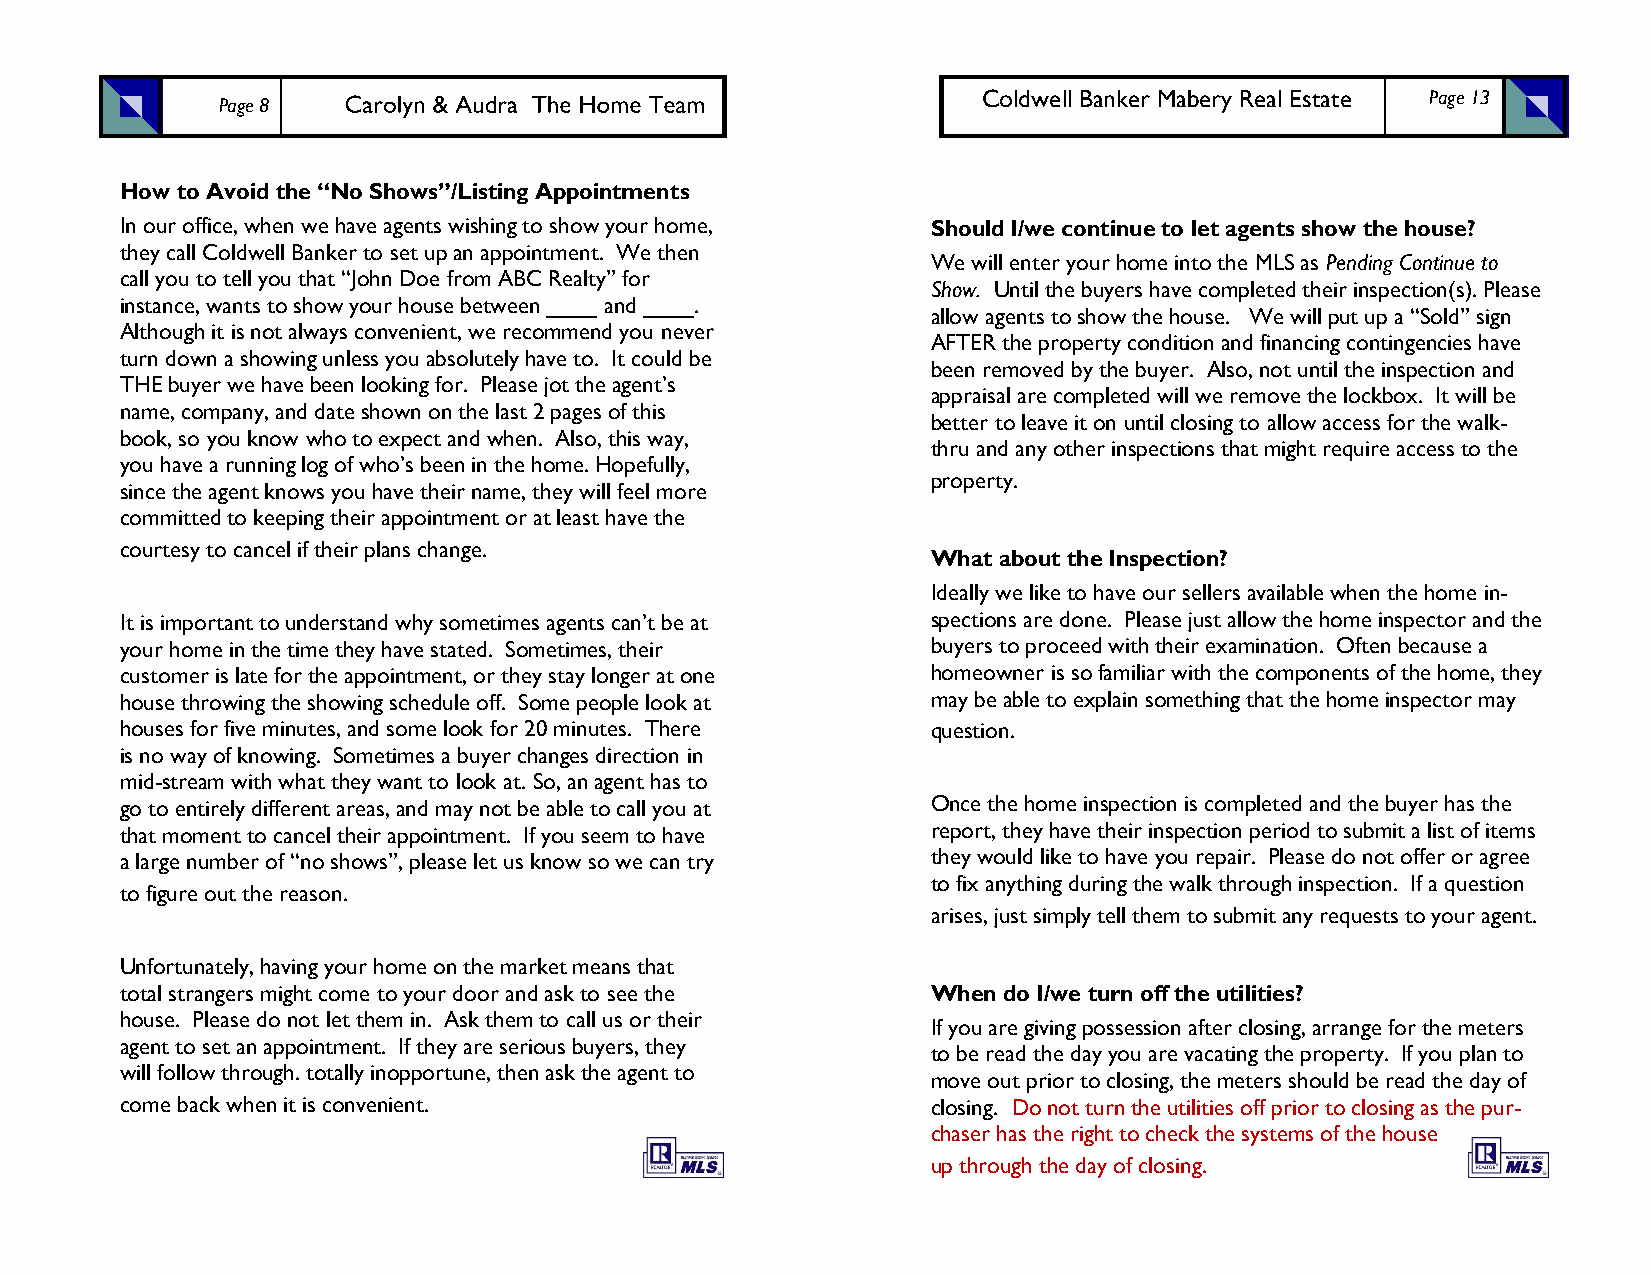
Coldwell Banker Mabery Real Estate Page 13
 Page 8
 How to Avoid the “No Shows”/Listing Appointments
 In our office, when we have agents wishing to show your home, Should I/we continue to let agents show the house?
 they call Coldwell Banker to set up an appointment. We then
 We will enter your home into the MLS as Pending Continue to
 call you to tell you that “John Doe from ABC Realty” for
 Show. Until the buyers have completed their inspection(s). Please
 instance, wants to show your house between ____ and ____.
 allow agents to show the house. We will put up a “Sold” sign
 Although it is not always convenient, we recommend you never
 AFTER the property condition and financing contingencies have
 turn down a showing unless you absolutely have to. It could be
 been removed by the buyer. Also, not until the inspection and
 THE buyer we have been looking for. Please jot the agent’s
 appraisal are completed will we remove the lockbox. It will be
 name, company, and date shown on the last 2 pages of this
 better to leave it on until closing to allow access for the walk-
 book, so you know who to expect and when. Also, this way,
 thru and any other inspections that might require access to the
 you have a running log of who’s been in the home. Hopefully,
 property.
 since the agent knows you have their name, they will feel more
 committed to keeping their appointment or at least have the
 courtesy to cancel if their plans change.
 What about the Inspection?
 Ideally we like to have our sellers available when the home in-
 It is important to understand why sometimes agents can’t be at spections are done. Please just allow the home inspector and the
 your home in the time they have stated. Sometimes, their buyers to proceed with their examination. Often because a
 customer is late for the appointment, or they stay longer at one homeowner is so familiar with the components of the home, they
 house throwing the showing schedule off. Some people look at may be able to explain something that the home inspector may
 houses for five minutes, and some look for 20 minutes. There question.
 is no way of knowing. Sometimes a buyer changes direction in
 mid-stream with what they want to look at. So, an agent has to
 go to entirely different areas, and may not be able to call you at Once the home inspection is completed and the buyer has the
 that moment to cancel their appointment. If you seem to have report, they have their inspection period to submit a list of items
 a large number of “no shows”, please let us know so we can try they would like to have you repair. Please do not offer or agree
 to fix anything during the walk through inspection. If a question
 to figure out the reason.
 arises, just simply tell them to submit any requests to your agent.
 Unfortunately, having your home on the market means that
 total strangers might come to your door and ask to see the When do I/we turn off the utilities?
 house. Please do not let them in. Ask them to call us or their
 If you are giving possession after closing, arrange for the meters
 agent to set an appointment. If they are serious buyers, they
 to be read the day you are vacating the property. If you plan to
 will follow through. totally inopportune, then ask the agent to
 move out prior to closing, the meters should be read the day of
 come back when it is convenient.                      closing. Do not turn the utilities off prior to closing as the pur-
 chaser has the right to check the systems of the house
 up through the day of closing.